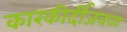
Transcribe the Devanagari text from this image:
कारकीर्दीजवळ